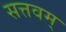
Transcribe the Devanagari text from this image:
सत्तवम्‌